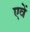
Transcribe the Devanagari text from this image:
एवें